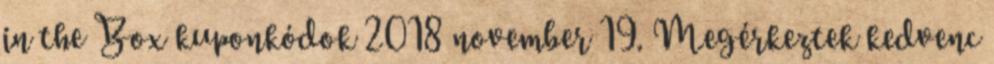
in the Box kuponkódok 2018 november 19. Megérkeztek kedvenc